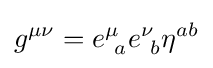
g^{\mu \nu }=e_{\ a}^{\mu }e_{\ b}^{\nu }\eta ^{ab}